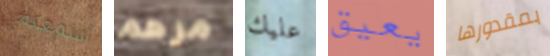
أسمعكم مرهم عليك يعيق بمقدورها